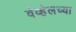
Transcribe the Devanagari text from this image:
वेव्हेलच्या